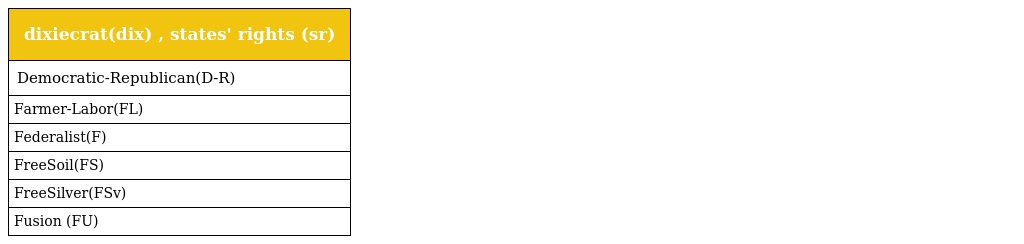
| dixiecrat(dix) , states' rights (sr) |
 | --- |
 | Democratic-Republican(D-R) |
 | Farmer-Labor(FL) |
 | Federalist(F) |
 | FreeSoil(FS) |
 | FreeSilver(FSv) |
 | Fusion (FU) |